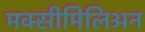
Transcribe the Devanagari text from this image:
मक्सीमिलिअन